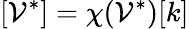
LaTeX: [\mathcal{V}^{*}]=\chi(\mathcal{V}^{*})[k]